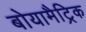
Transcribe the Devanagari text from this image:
बोयामैट्रिक